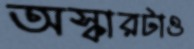
অস্কারটাও